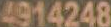
4914248